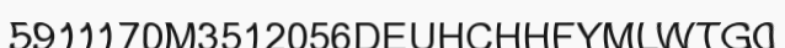
5911170M3512056DEUHCHHFYMLWTG0